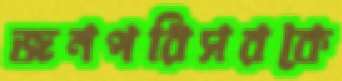
জনপরিসরকে